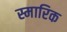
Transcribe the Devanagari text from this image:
स्मारिक